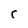
Character: 5